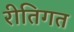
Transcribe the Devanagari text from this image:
रीतिगत